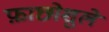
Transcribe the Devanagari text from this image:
फ़ाछोशुले